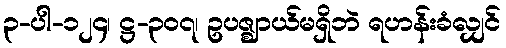
၃-ပါ-၁၂၄၊ ဋ္ဌ-၃၀၇၊ ဥပဇ္ဈာယ်မရှိဘဲ ရဟန်းခံလျှင်